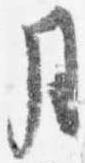
月